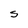
Character: S